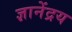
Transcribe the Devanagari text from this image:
ज्ञानेंद्रय